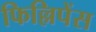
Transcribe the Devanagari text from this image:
फिल्लिपेंस